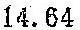
14.64